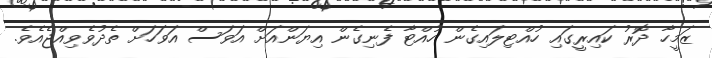
ޒަމީހާ ދޮރު ކައިރީގައި ހުއްޓިލައިގެން ހުއްޓާ ފެނިގެން އިޔަންއަށް އަވަސް އަވަހަށް ތެދުވެވިއްޖެއެވެ.